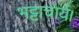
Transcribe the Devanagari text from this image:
भट्टाचार्य।